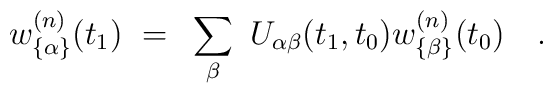
w_{\{\alpha\}}^{(n)}(t_1) ~=~ \sum_\beta ~ U_{\alpha\beta}(t_1,t_0)w_{\{\beta\}}^{(n)}(t_0) \quad .